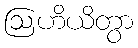
ဩဟိယိတွာ